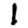
Digit: 1